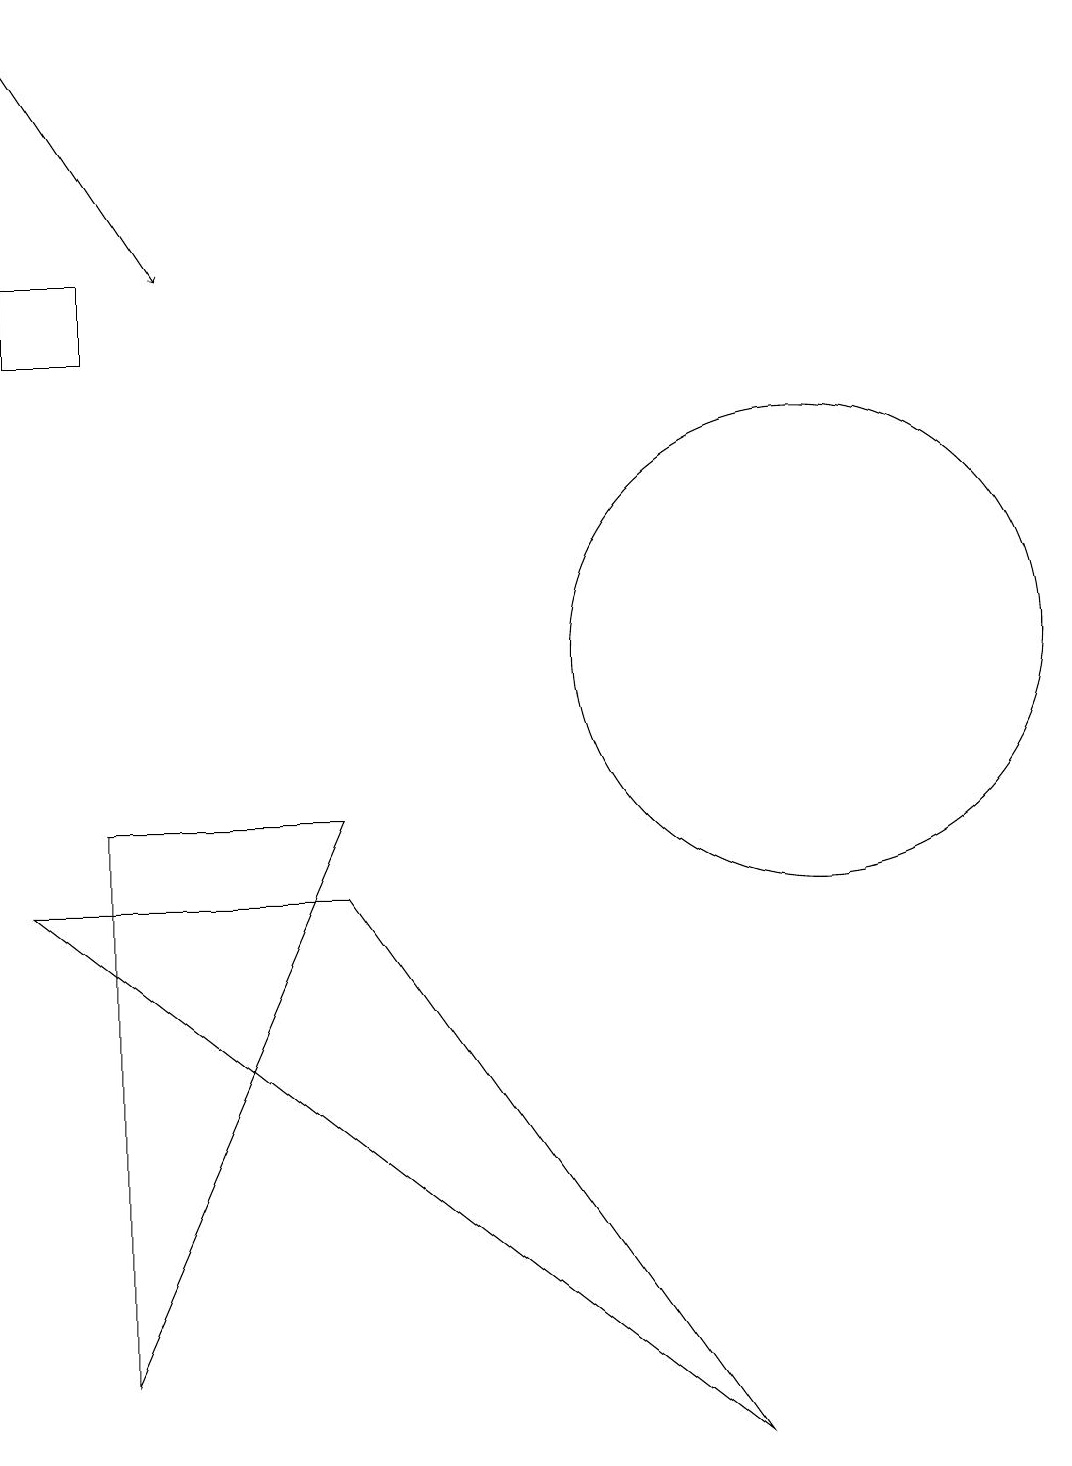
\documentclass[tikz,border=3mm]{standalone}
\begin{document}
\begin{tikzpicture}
\draw (10,11) circle (3);
\draw (0,18) rectangle (0,18);
\draw (9,1) -- (0,8) -- (4,8) -- cycle;
\draw (4,9) -- (1,2) -- (1,9) -- cycle;
\draw (8,15) rectangle (8,15);
\draw (1,15) rectangle (0,16);
\draw[->] (0,19) -- (2,16);
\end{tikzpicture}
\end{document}